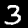
Digit: 3